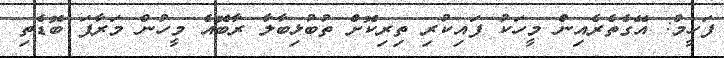
ފަހީމް: އޭގެތެރެއިން މީހަކު ފައިކުރި ތިރިކޮށް ތުބުޅިބާލާ ރާބޮއެ މީހުން މަރާފަ ބޮޑެތި